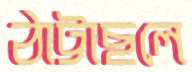
ঠাট্টাছলে